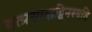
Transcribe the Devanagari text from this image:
यत्प्रसादाद्विनश्यति